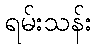
ရမ်းသန်း